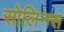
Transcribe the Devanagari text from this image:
सोलिनस